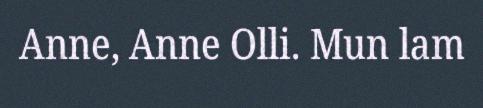
Anne, Anne Olli. Mun lam